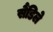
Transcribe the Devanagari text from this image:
सैंडिले